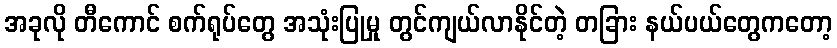
အခုလို တီကောင် စက်ရုပ်တွေ အသုံးပြုမှု တွင်ကျယ်လာနိုင်တဲ့ တခြား နယ်ပယ်တွေကတော့